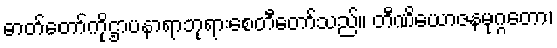
ဓာတ်တော်ကိုဌာပနာရာဘုရားစေတီတော်သည်။ တီဏိယောဇနမုဂ္ဂတော၊